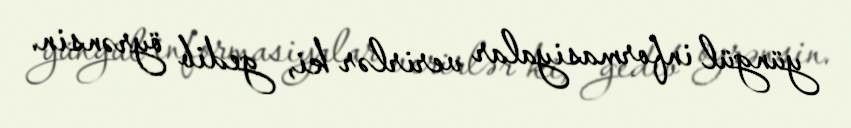
yüngül informasiyalar verirlər ki, gedib öyrənsin.